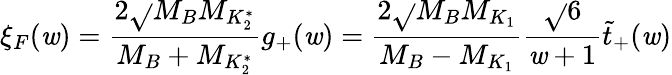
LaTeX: \xi_{F}(\mathit{w})=\frac{{2\sqrt{}{{M_{B}M_{K_{2}^{*}}}}}}{{M_{B}+M_{K_{2}^{*}}}}g_{+}(\mathit{w})=\frac{{2\sqrt{}{{M_{B}M_{K_{1}}}}}}{{M_{B}-M_{K_{1}}}}\frac{{\sqrt{}{{6}}}}{{\mathit{w}+1}}\tilde{{t}}_{+}(\mathit{w})